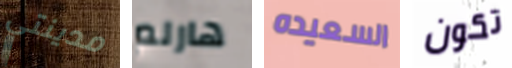
مدينتي هارلم السعيده تكون